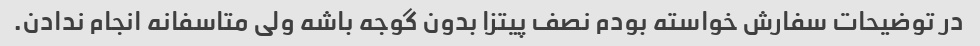
در توضیحات سفارش خواسته بودم نصف پیتزا بدون گوجه باشه ولی متاسفانه انجام ندادن.